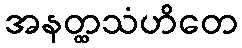
အနတ္ထသံဟိတေ